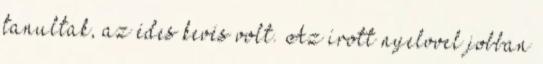
tanultak, az édes kevés volt. Az írott nyelvvel jobban